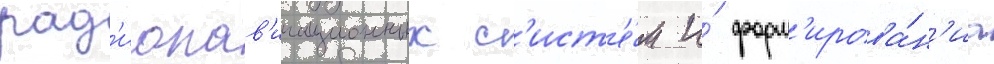
рад'ионав'игационных с'ист'е́м и́ форм'ирова́н'иа